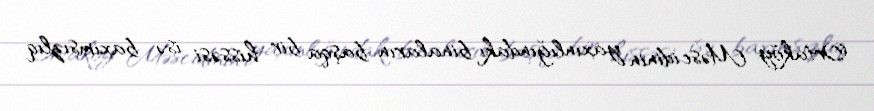
Ortaköy Məscidinin yaxınlığındakı binaların başqa bir hissəsi isə baxımsızlıq